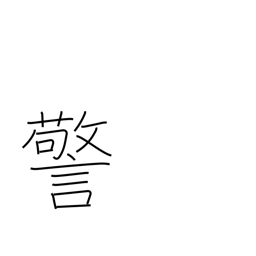
Meaning: commandment